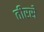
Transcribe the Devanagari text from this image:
तीरसे